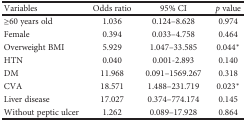
<table><thead><tr><td><b>Variables</b></td><td><b>Odds ratio</b></td><td><b>95% CI</b></td><td><b><i>p</i> value</b></td></tr></thead><tbody><tr><td>≥60 years old</td><td>1.036</td><td>0.124–8.628</td><td>0.974</td></tr><tr><td>Female</td><td>0.394</td><td>0.033–4.758</td><td>0.464</td></tr><tr><td>Overweight BMI</td><td>5.929</td><td>1.047–33.585</td><td>0.044<sup>∗</sup></td></tr><tr><td>HTN</td><td>0.040</td><td>0.001-2.893</td><td>0.140</td></tr><tr><td>DM</td><td>11.968</td><td>0.091–1569.267</td><td>0.318</td></tr><tr><td>CVA</td><td>18.571</td><td>1.488–231.719</td><td>0.023<sup>∗</sup></td></tr><tr><td>Liver disease</td><td>17.027</td><td>0.374–774.174</td><td>0.145</td></tr><tr><td>Without peptic ulcer</td><td>1.262</td><td>0.089–17.928</td><td>0.864</td></tr></tbody></table>